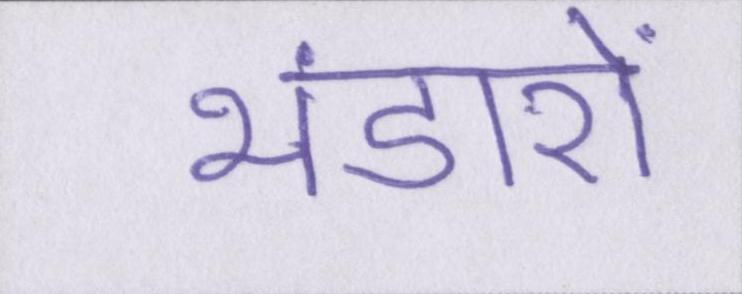
भंडारों